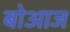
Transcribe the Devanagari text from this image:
बोआज